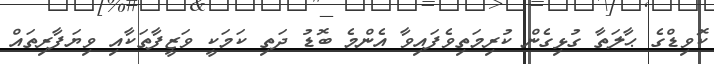
ކޮވިޑްގެ ޙާލަތާ ގުޅިގެން ކުރިމަތިވެފައިވާ އެންމެ ބޮޑު ދަތި ކަމަކީ ވަޒީފާތަކާއި ވިޔަފާރިތައް